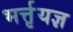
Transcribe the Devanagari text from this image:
भर्त्तृयज्ञ